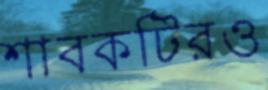
শাবকটিরও